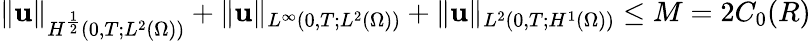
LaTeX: \| \mathbf{u}\| _{H^{\frac{1}{2}}(0,T;L^{2}(\Omega))}+\| \mathbf{u}\| _{L^{\infty}(0,T;L^{2}(\Omega))}+\| \mathbf{u}\| _{L^{2}(0,T;H^{1}(\Omega))}\leq M=2C_{0}(R)